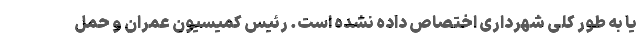
یا به طور کلی شهرداری اختصاص داده نشده است. رئیس کمیسیون عمران و حمل